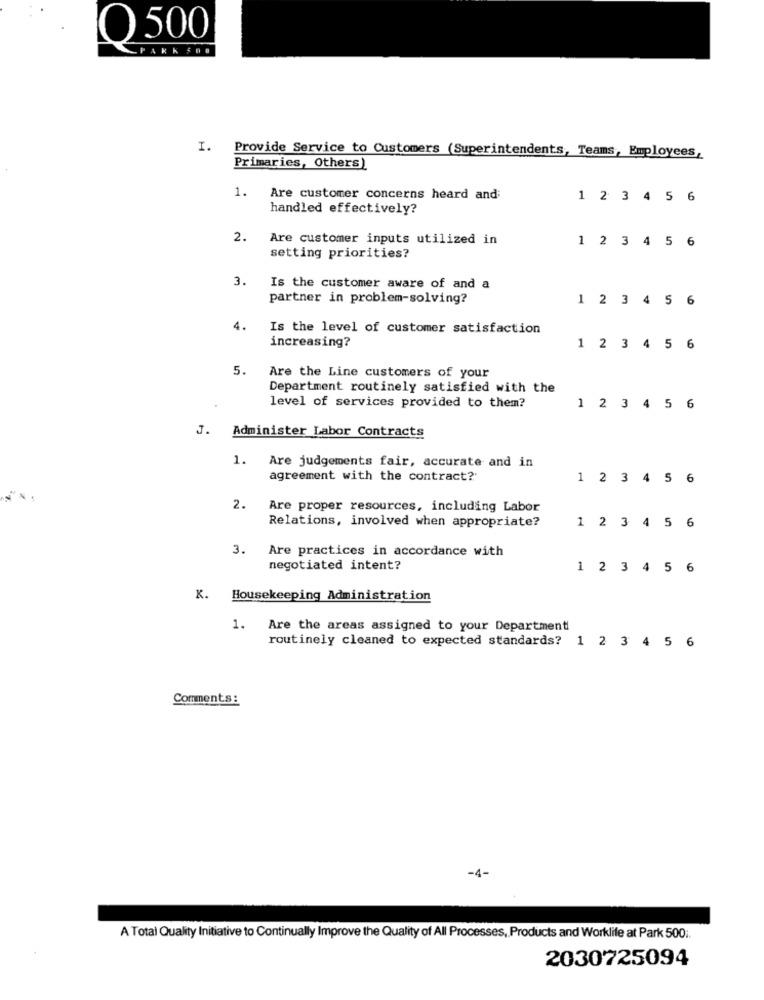
O 500
ARKSOO
I. Provide Service to Customers (Superintendents, Teams, Employees,
Primaries, Others)
1.
Are customer concerns heard and:
1 2 3 4 5 6
handled effectively?
2.
Are customer inputs utilized in
1 2 3 4 5 6
setting priorities?
3.
Is the customer aware of and a
partner in problem-solving?
1 2 3 4 5 6
4.
Is the level of customer satisfaction
increasing?
1 2 3 4 5 6
5.
Are the Line customers of your
Department routinely satisfied with the
level of services provided to them?
1 2 3 4 5 6
J.
Administer Labor Contracts
1. Are judgements fair, accurate and in
agreement with the contract?
1 2 3 4 5
6
2.
Are proper resources, including Labor
Relations, involved when appropriate?
1 2 3 4 5 6
3. Are practices in accordance with
negotiated intent?
1 2 3 4 5 6
K. Housekeeping Administration
1.
Are the areas assigned to your Department
routinely cleaned to expected standards? 1 2 3 4 5 6
Comments:
-4-
A Total Quality Initiative to Continually Improve the Quality of All Processes, Products and Worklife at Park 500 ;.
2030725094